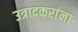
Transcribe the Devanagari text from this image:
उत्रादकरांना